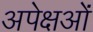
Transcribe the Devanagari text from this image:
अपेक्षओं